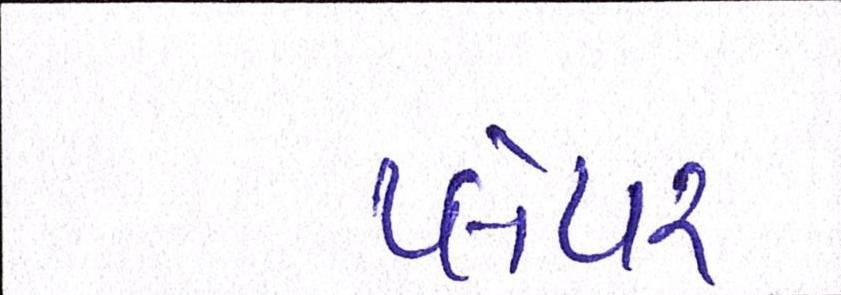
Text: પ્લેયર